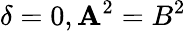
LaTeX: \delta=0,\mathbf{A}^{2}=B^{2}